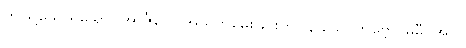
ဤသို့သောရှိသော။ အာဇီဝေါ၊ အသက်မွေးခြင်းကို။ န သေဝိတဗ္ဗော၊ မမှီဝဲအပ်။